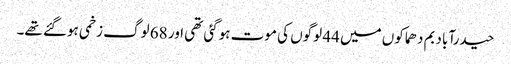
حیدرآباد بم دھماکوں میں 44 لوگوں کی موت ہوگئی تھی اور 68 لوگ زخمی ہوگئے تھے۔